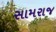
સામરાજ